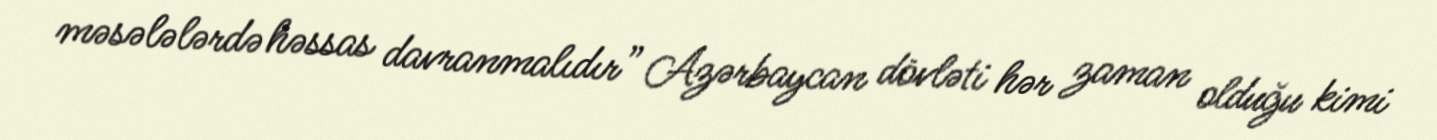
məsələlərdə həssas davranmalıdır” Azərbaycan dövləti hər zaman olduğu kimi